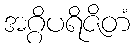
အဂ္ဂိပရိဇိတံ